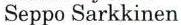
Seppo Sarkkinen